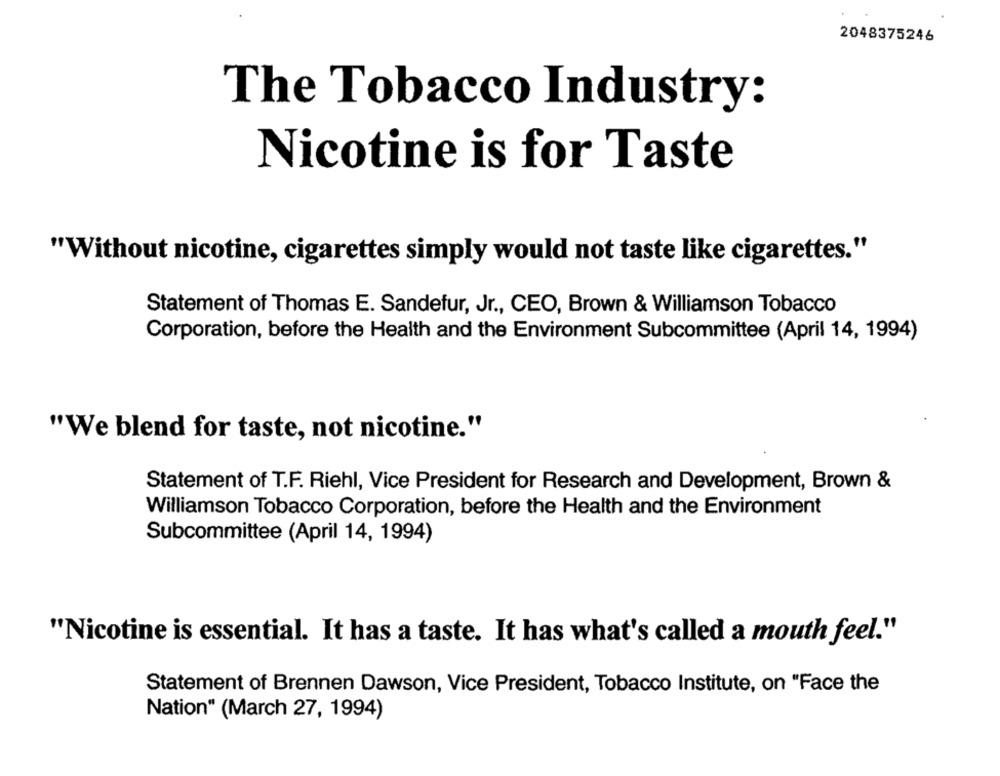
2048375246
The Tobacco Industry:
Nicotine is for Taste
"Without nicotine, cigarettes simply would not taste like cigarettes."
Statement of Thomas E. Sandefur, Jr ., CEO, Brown & Williamson Tobacco
Corporation, before the Health and the Environment Subcommittee (April 14, 1994)
"We blend for taste, not nicotine."
Statement of T.F. Riehl, Vice President for Research and Development, Brown &
Williamson Tobacco Corporation, before the Health and the Environment
Subcommittee (April 14, 1994)
"Nicotine is essential. It has a taste. It has what's called a mouth feel."
Statement of Brennen Dawson, Vice President, Tobacco Institute, on "Face the
Nation" (March 27, 1994)